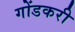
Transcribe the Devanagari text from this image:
गोंडकरी